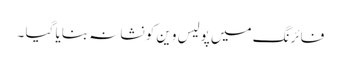
فائرنگ میں پولیس وین کو نشانہ بنایا گیا ۔